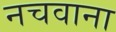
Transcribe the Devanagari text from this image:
नचवाना